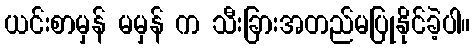
ယင်းစာမှန် မမှန် က သီးခြားအတည်မပြုနိုင်ခဲ့ပါ။